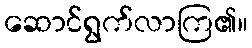
ဆောင်ရွက်လာကြ၏။